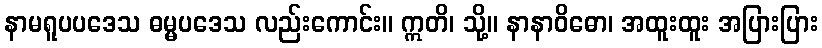
နာမရူပပဒေသ ဓမ္မပဒေသ လည်းကောင်း။ ဣတိ၊ သို့။ နာနာဝိဓော၊ အထူးထူး အပြားပြား